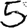
Digit: 5